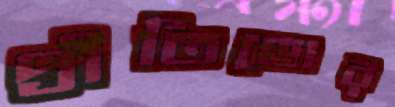
প্রীতিডোর